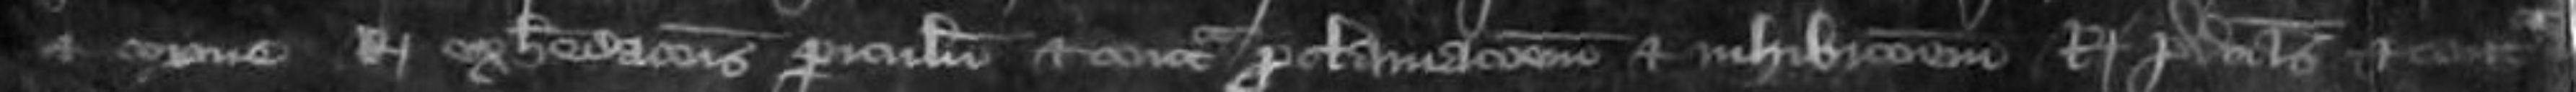
et corone Regis exheredationis periculum et contra proclamationem et inhibitionem Regis predictos et contra